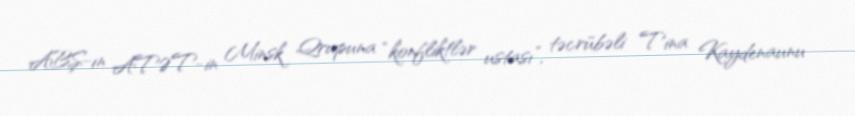
ABŞ-ın ATƏT-in Minsk Qrupuna “konfliktlər ustası”, təcrübəli Tina Kaydenaunu